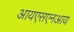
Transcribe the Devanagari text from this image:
आयएसएनआय